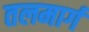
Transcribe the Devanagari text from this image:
तलमार्ग